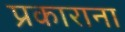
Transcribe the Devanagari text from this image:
प्रकाराना